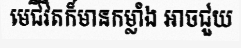
មេជីវិតក៏មានកម្លាំង អាចជួយ